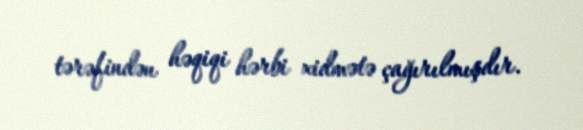
tərəfindən həqiqi hərbi xidmətə çağırılmışdır.